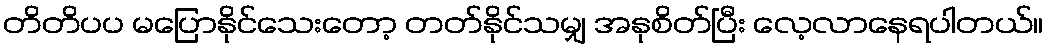
တိတိပပ မပြောနိုင်သေးတော့ တတ်နိုင်သမျှ အနုစိတ်ပြီး လေ့လာနေရပါတယ်။